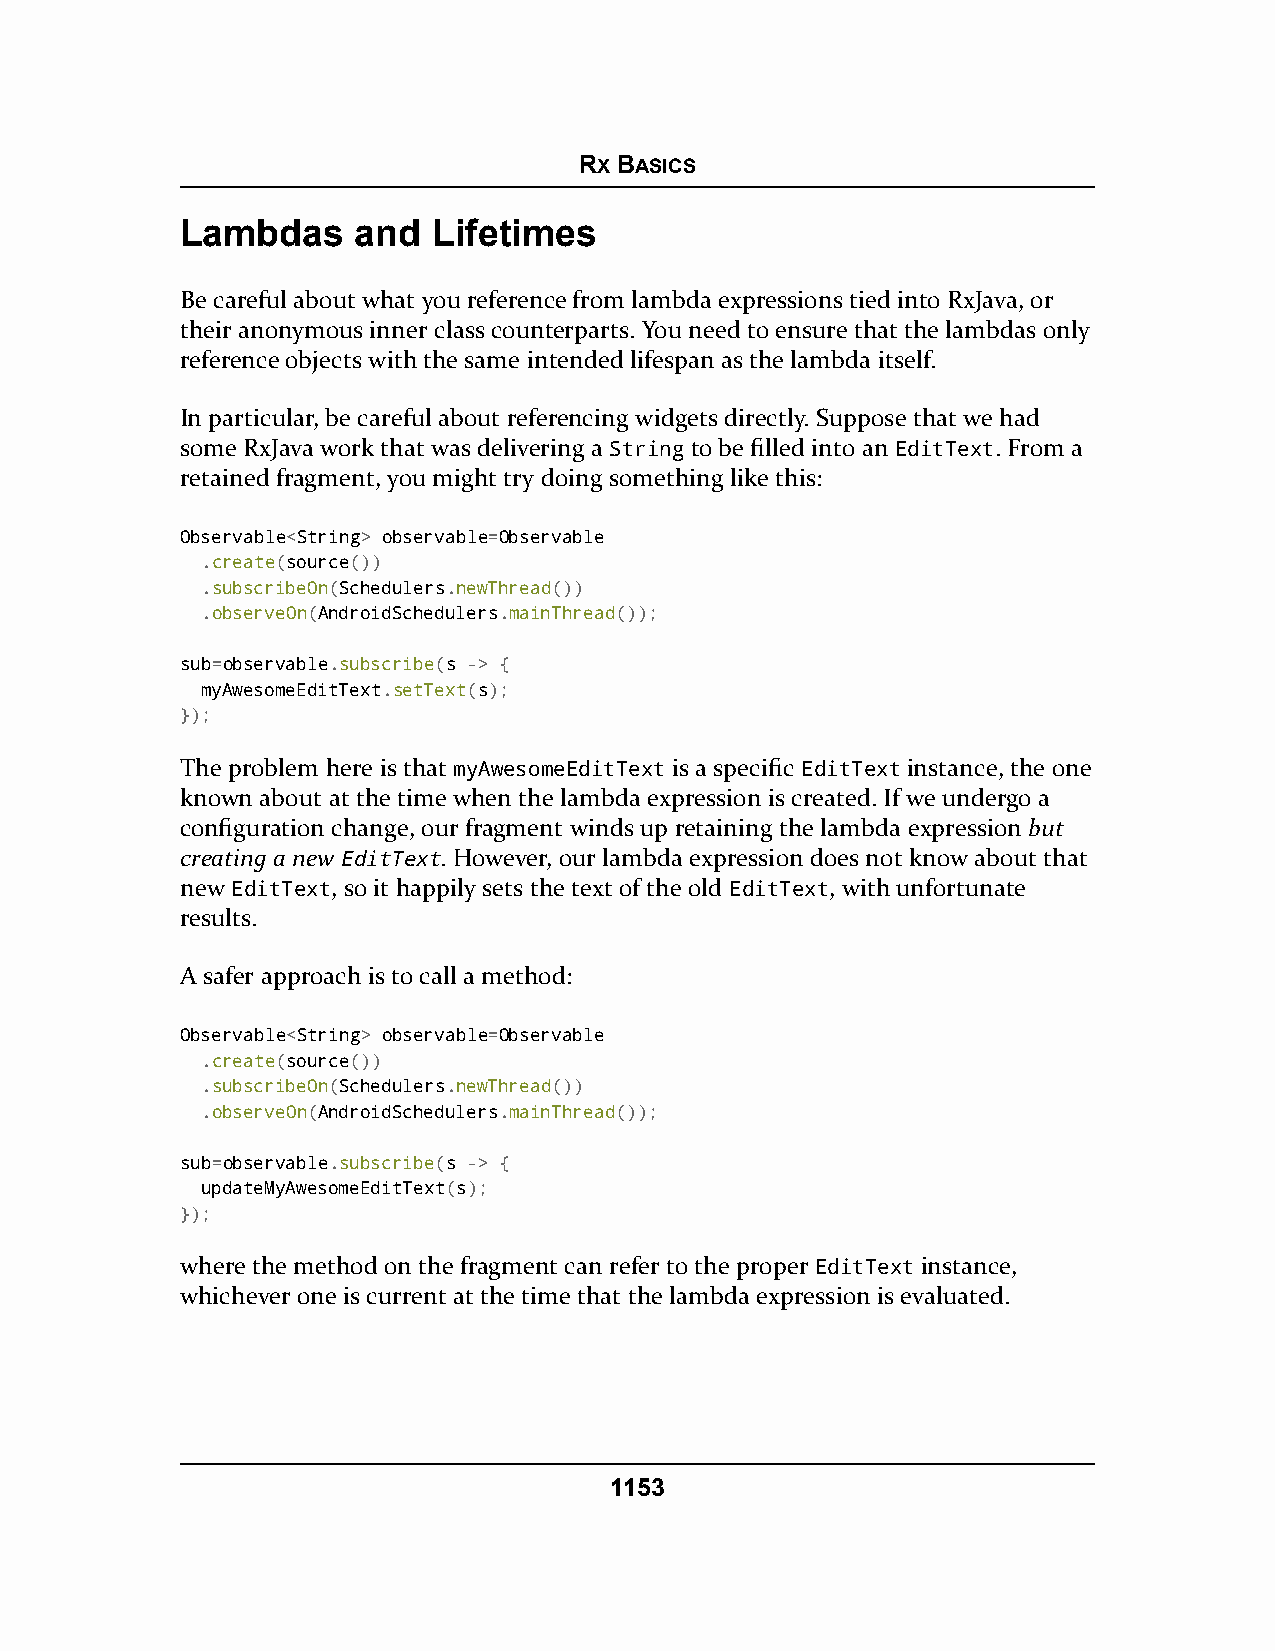
RX BASICS
 Lambdas    and   Lifetimes
 Be careful about what you reference from lambda expressions tied into RxJava, or
 their anonymous inner class counterparts. You need to ensure that the lambdas only
 reference objects with the same intended lifespan as the lambda itself.
 In particular, be careful about referencing widgets directly. Suppose that we had
 some RxJava work that was delivering a String to be filled into an EditText. From a
 retained fragment, you might try doing something like this:
 Observable<String> observable=Observable
 .create(source())
 .subscribeOn(Schedulers.newThread())
 .observeOn(AndroidSchedulers.mainThread());
 sub=observable.subscribe(s -> {
 myAwesomeEditText.setText(s);
 });
 The problem here is that myAwesomeEditText is a specific EditText instance, the one
 known about at the time when the lambda expression is created. If we undergo a
 configuration change, our fragment winds up retaining the lambda expression but
 creating a newEditText. However, our lambda expression does not know about that
 new EditText, so it happily sets the text of the old EditText, with unfortunate
 results.
 A safer approach is to call a method:
 Observable<String> observable=Observable
 .create(source())
 .subscribeOn(Schedulers.newThread())
 .observeOn(AndroidSchedulers.mainThread());
 sub=observable.subscribe(s -> {
 updateMyAwesomeEditText(s);
 });
 where the method on the fragment can refer to the proper EditText instance,
 whichever one is current at the time that the lambda expression is evaluated.
 1153